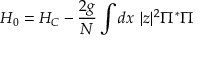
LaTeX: H _ { 0 } = H _ { C } - \frac { 2 g } { N } \int d x ~ | z | ^ { 2 } \Pi ^ { * } \Pi